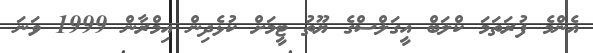
އެންމެ ފުރަތަމަ ކްލަބް އީގަލްސްގެ ޔޫތު ޓީމަށް ކުޅެދިން އިމްރާން 1999 ވަނަ